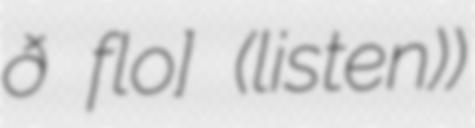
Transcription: ðɐʃ ˈfloɾɨʃ] (listen))